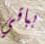
بباقي